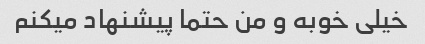
خیلی خوبه و من حتما پیشنهاد میکنم